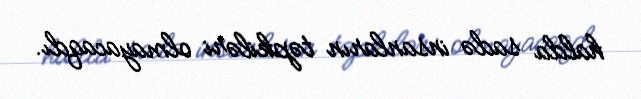
halda sadə insanların təpkiləri olmayacaqdı.